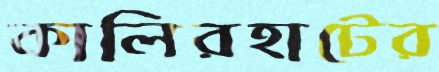
কালিরহাটের